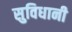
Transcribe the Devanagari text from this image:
सुविधानी